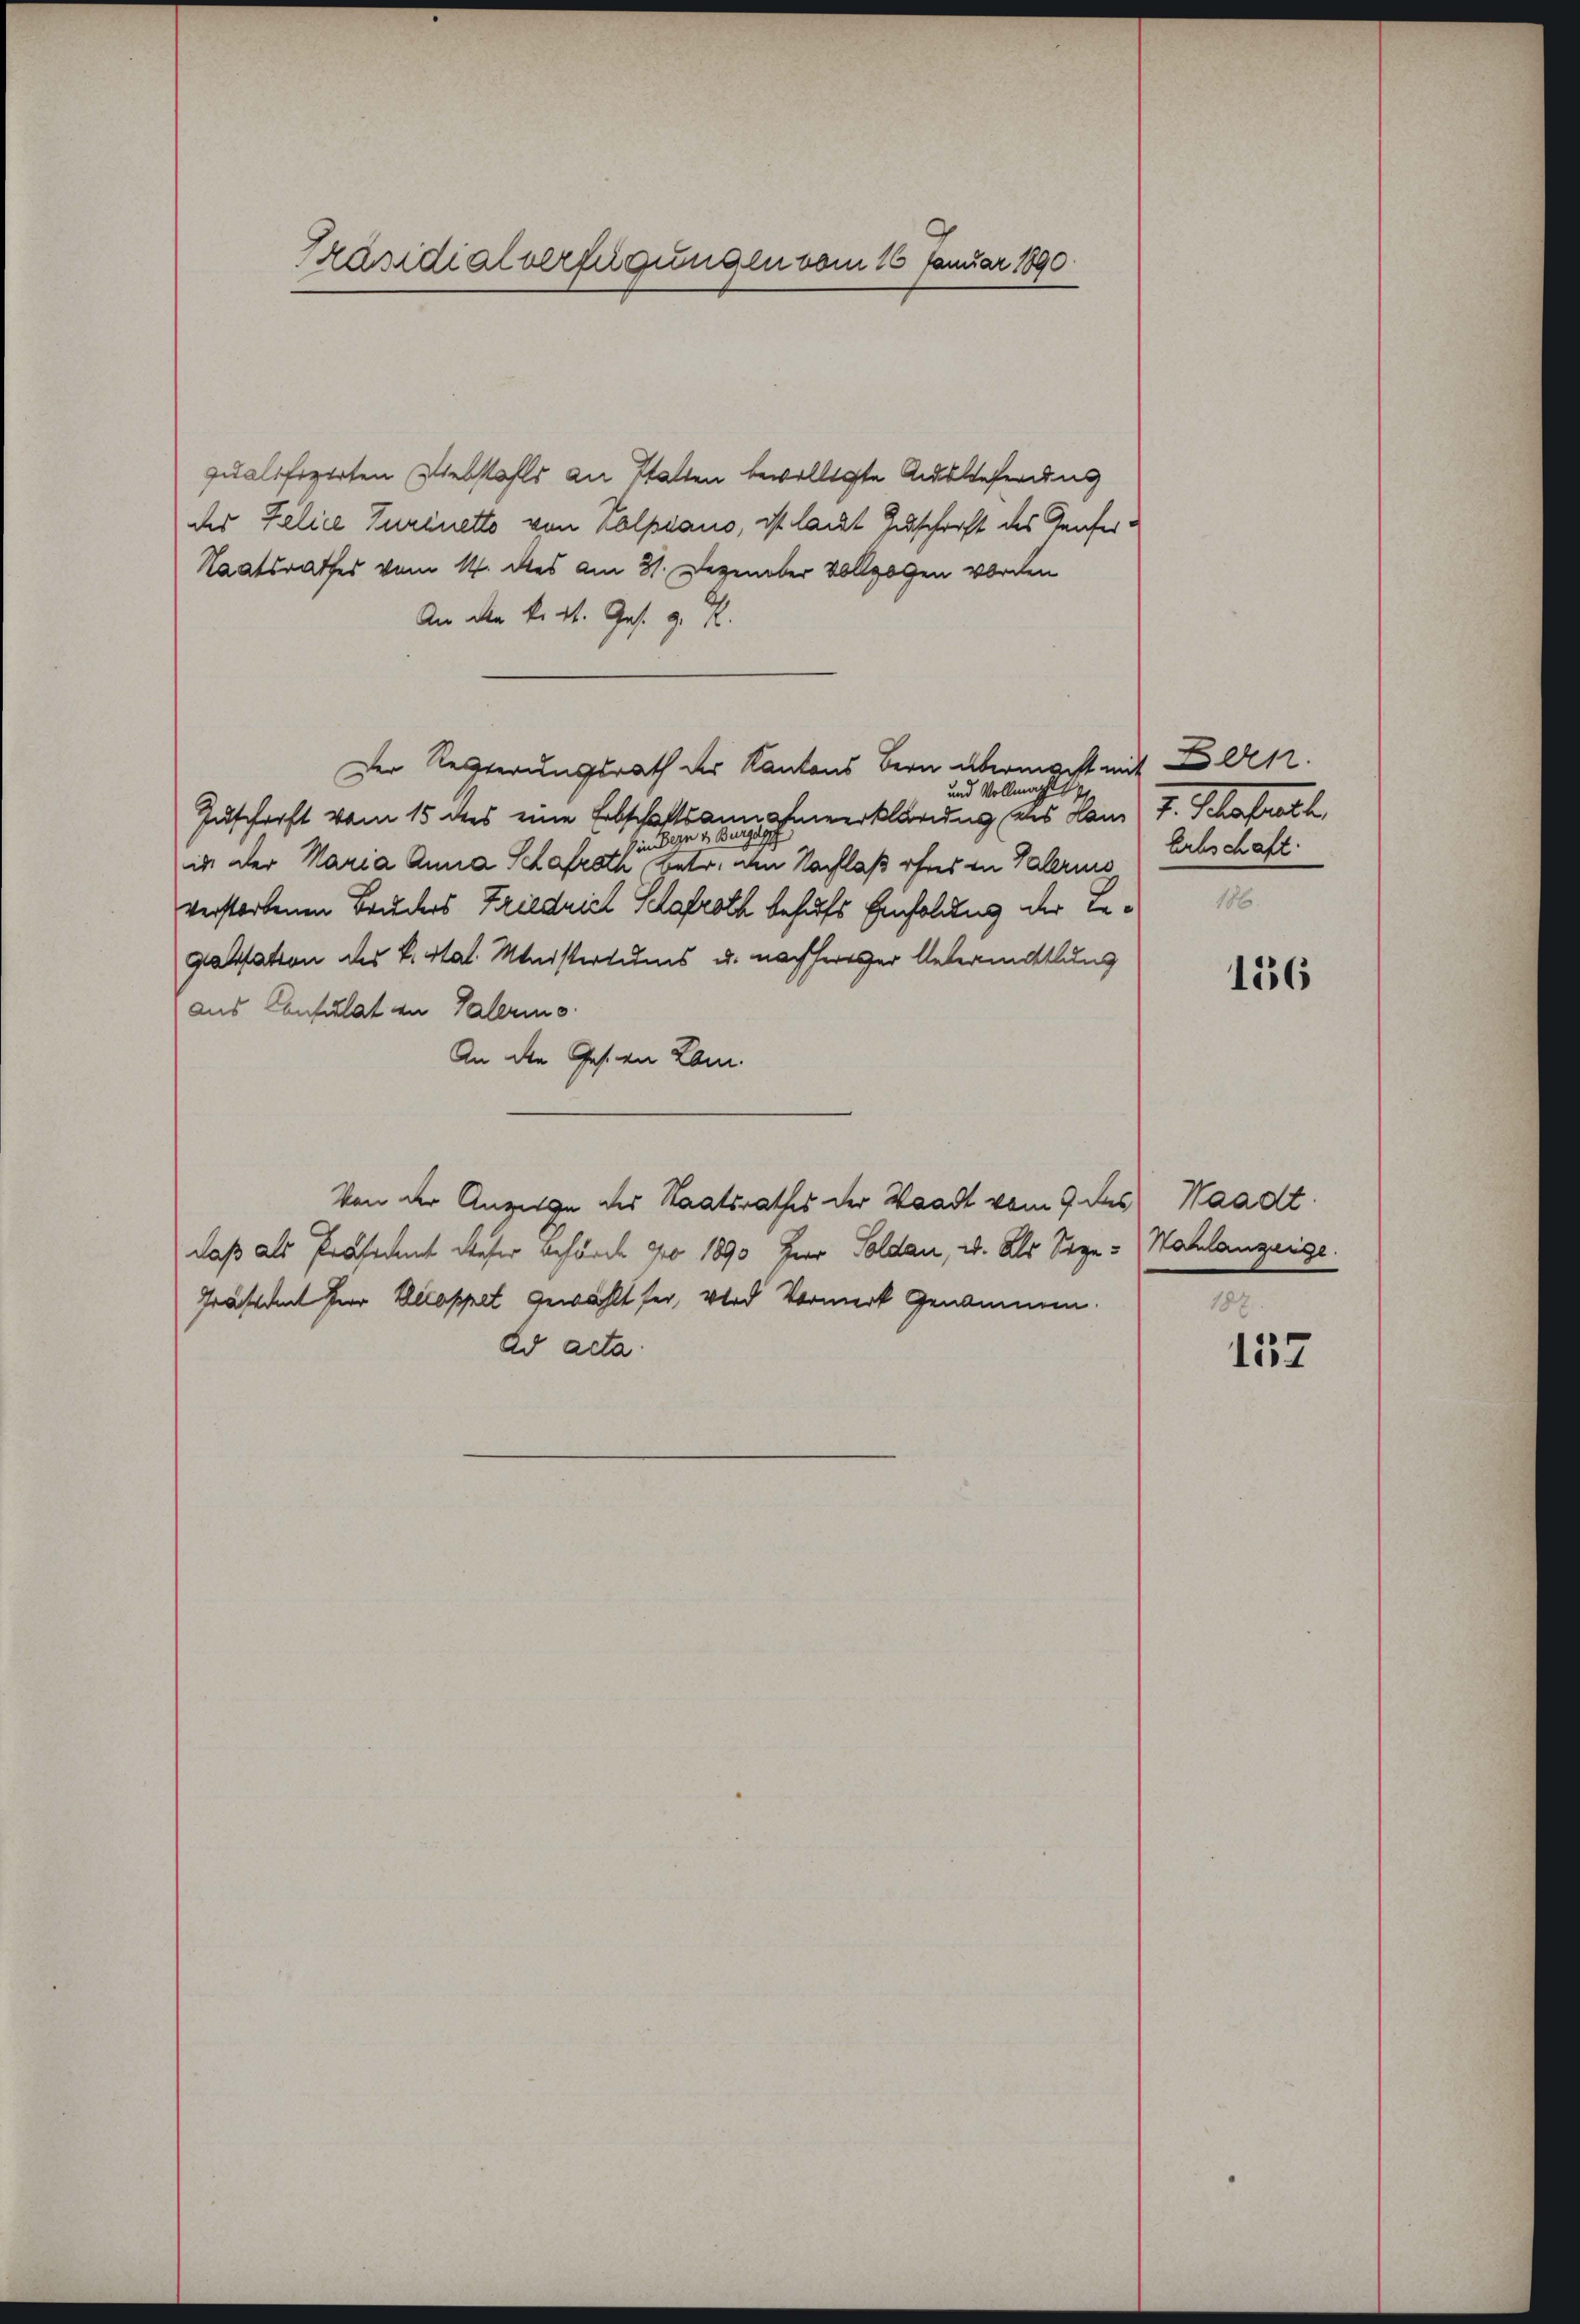
Präsidialverfügungen vom 16. Januar 1890.

qualifizirten Diebstahls an Statten bewilligte Ausgeferung
der Zelice Turinetto von Kalpiano, ist laut Zuschrift des Genfer¬
Staatsrathes vom 14. des am 31. Dezember vollzogen worden
An die k. St. Ges. z. B.
Der Regierungsrath der Kantons Bern übermacht mit Bern.
und Vollmacht
Zuschrift vom 15 des eine Erbschaftsannahmeerklärung des dan F. Schafrath
in Bern & Bur
in der Maria Anna Schafroth, betr. den Nachlaß ohnes in Valeris
verstorbenen Bruders Friedrich Schlafroth behufs Einfolgung der Be¬
Gasstation des L. Stat. Ministertums u. nachhereser Untermittlung
aus Consulat an Palerins
An die Gesten Lam
Von der Anzeige des Staatsrathes der Waadt vom 9. des Waadt
daß als Präsident dieser Behörde pro 1890 Herr Soldau, u. als Sege-Wahlanzeige.
Präsident für Decoppet gewählt sei, wird Vormerk genommen.
ad acta

Erbschaft.
106.

136

187

152